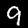
Label: 9